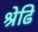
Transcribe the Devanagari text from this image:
श्रेढि